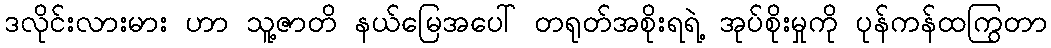
ဒလိုင်းလားမား ဟာ သူ့ဇာတိ နယ်မြေအပေါ် တရုတ်အစိုးရရဲ့ အုပ်စိုးမှုကို ပုန်ကန်ထကြွတာ